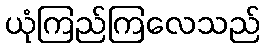
ယုံကြည်ကြလေသည်